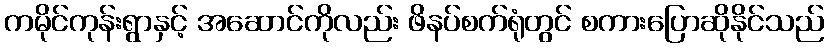
ကမိုင်ကုန်းရွာနှင့် အဆောင်ကိုလည်း ဖိနပ်စက်ရုံတွင် စကားပြောဆိုနိုင်သည်